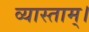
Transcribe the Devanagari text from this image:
व्यास्ताम्।